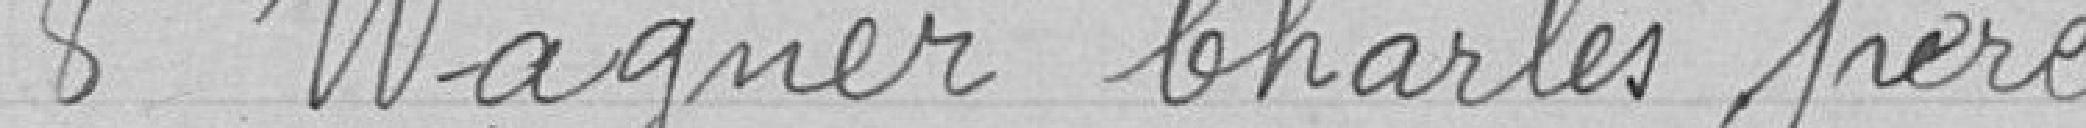
8 Wagner Charles père